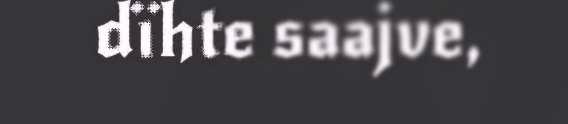
dïhte saajve,